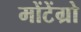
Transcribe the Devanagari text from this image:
मोंटेंग्रो